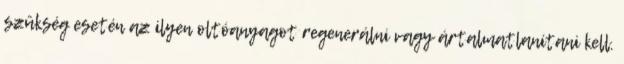
szükség esetén az ilyen oltóanyagot regenerálni vagy ártalmatlanítani kell.